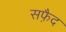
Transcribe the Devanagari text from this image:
सफै़द